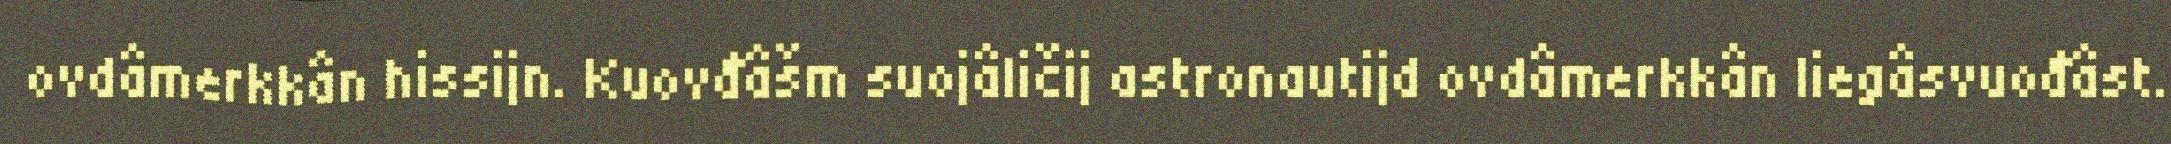
ovdâmerkkân hissijn. Kuovđâšm suojâličij astronautijd ovdâmerkkân liegâsvuođâst.